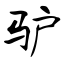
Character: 驴